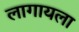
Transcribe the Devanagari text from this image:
लागायला